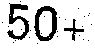
50+